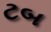
ટબ